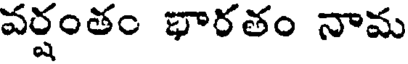
వర్షంతం భారతం నామ